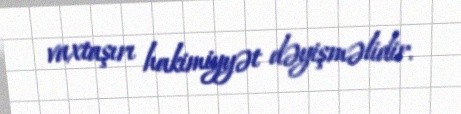
vaxtaşırı hakimiyyət dəyişməlidir.